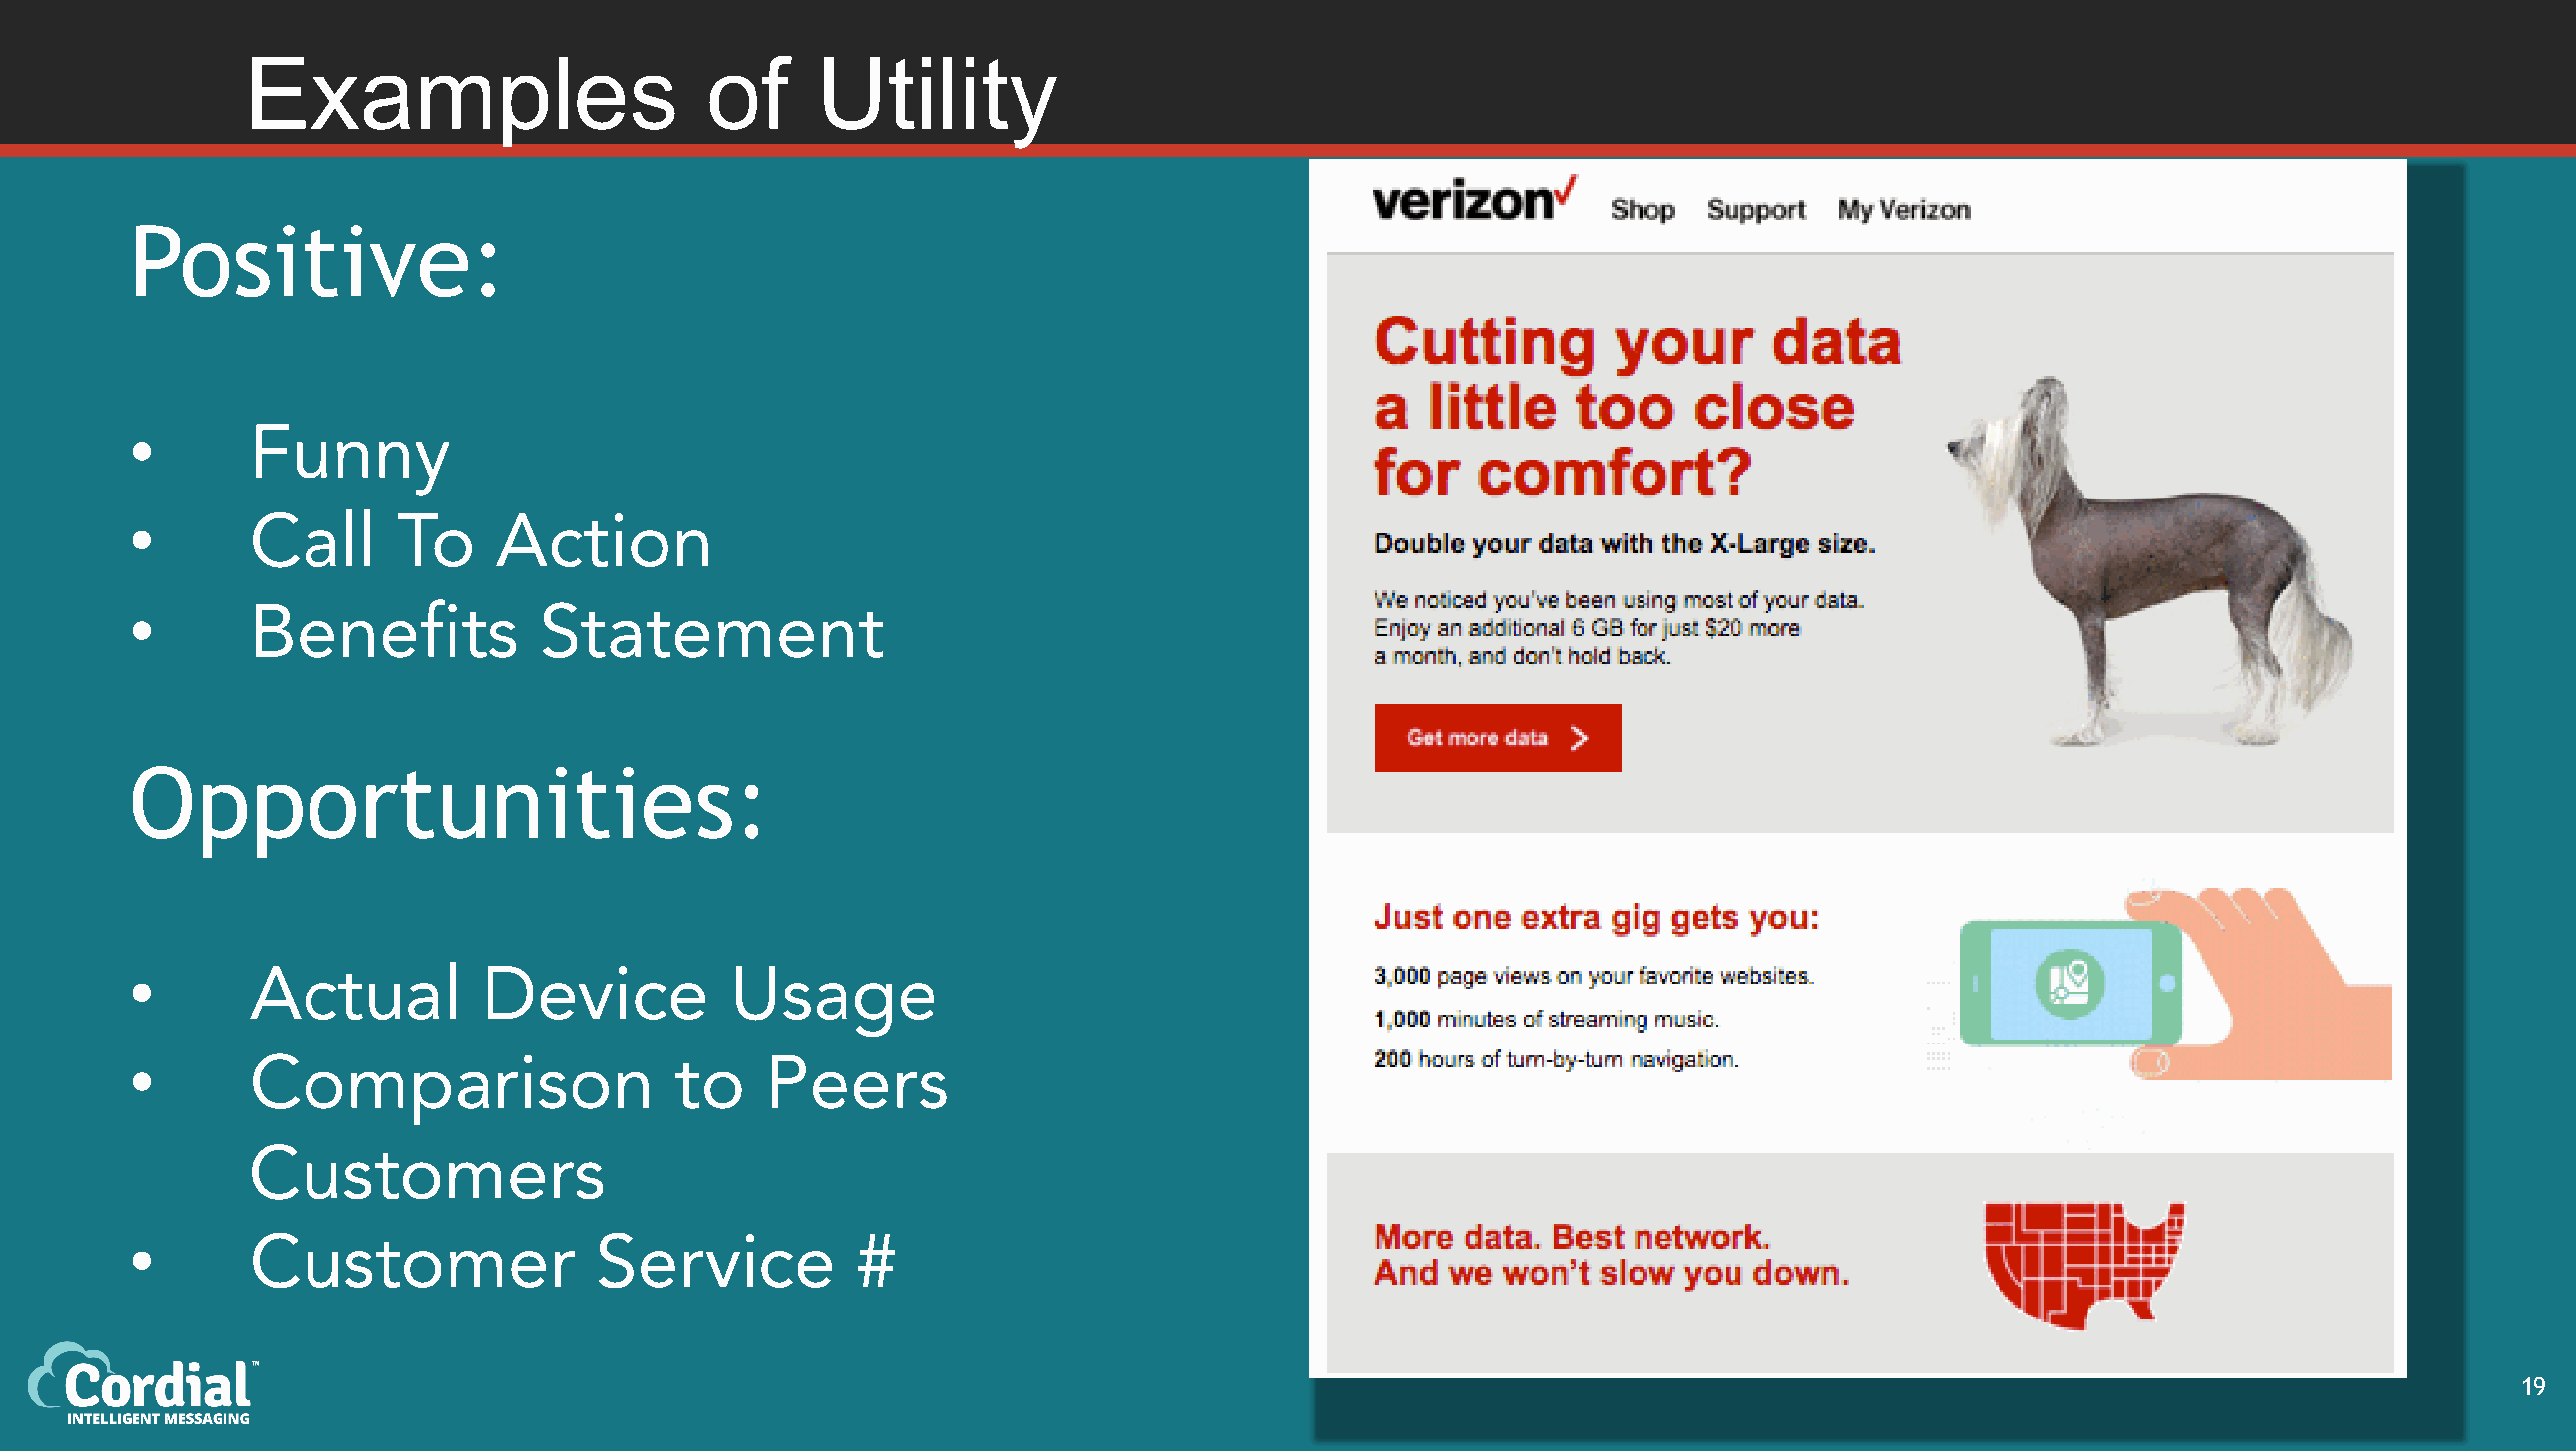
Examples                       of      Utility
 Positive:
 •
 Funny
 •
 Call      To    Action
 •
 Benefits           Statement
 Opportunities:
 •
 Actual         Device           Usage
 •
 Comparison                  to    Peers
 Customers
 •
 Customer               Service          #
 19